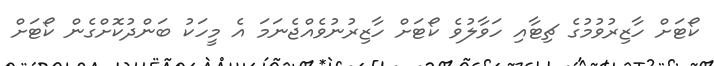
ކޯޓަށް ހާޒިރުވުމުގެ ޗިޓާއި ހަވާލުވެ ކޯޓަށް ހާޒިރުނުވެއްޖެނަމަ އެ މީހަކު ބަންދުކޮށްގެން ކޯޓަށް